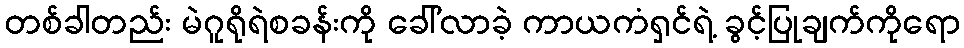
တစ်ခါတည်း မဲဂူရိုရဲစခန်းကို ခေါ်လာခဲ့ ကာယကံရှင်ရဲ့ ခွင့်ပြုချက်ကိုရော